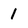
Character: 1